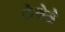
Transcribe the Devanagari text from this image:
लेमेत्रे